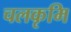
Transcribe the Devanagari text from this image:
चलकृमि